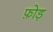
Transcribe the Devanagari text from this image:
फ़ोड़